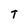
Character: T